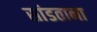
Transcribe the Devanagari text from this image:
सांडताना